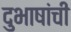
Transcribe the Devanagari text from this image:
दुभाषांची